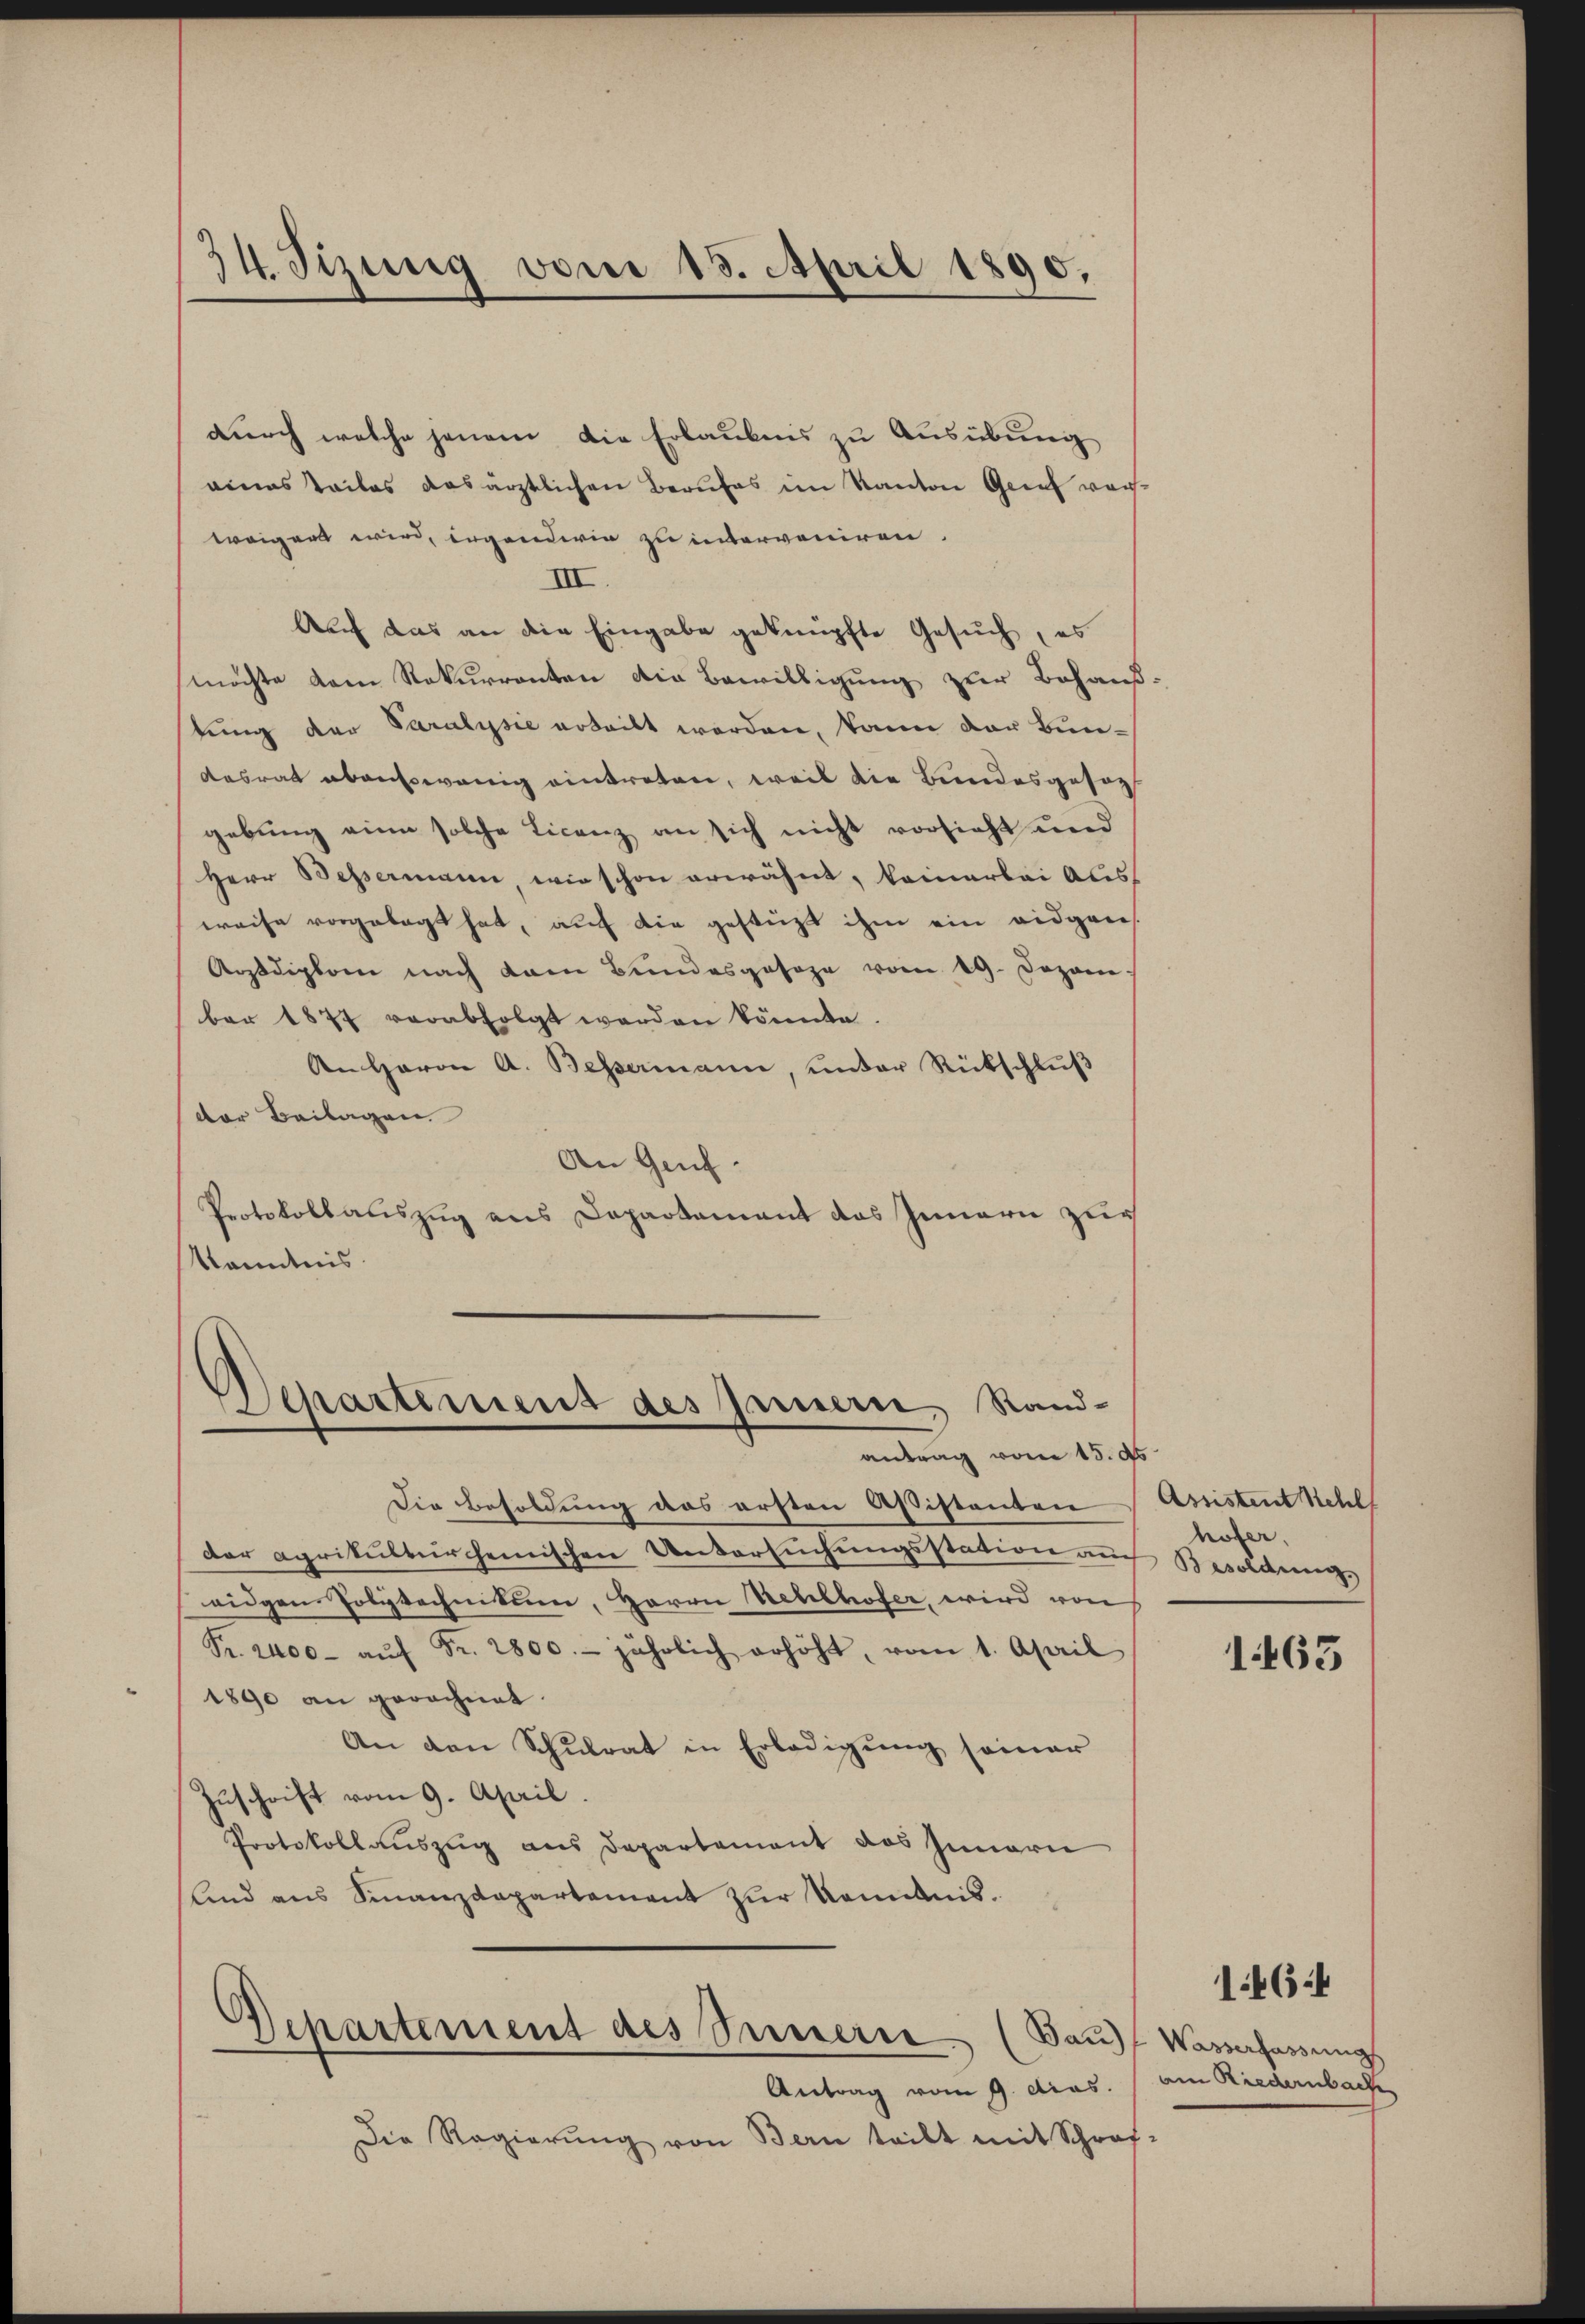
34. Tizung vom 15. April 1890.

durch welche jenem die Erlaubnis zu Ausübung
eines Teiles das ärztlichen Berufes im Kanton Grief werweigen wird, irgenderin zu interveniren.
III.
Auch das an die Eingabe geknüpfte Gesuch, es
möchte dem Rekurrenten die Bewilligung zur Behaußtung der Saralysie erteilt werden, kann der Bundesrat abensowenig eintreten, weil die Bundesgesagt
gebung eine solche Licenz an sich nicht vorsieht und
Herr Bessermann wie schon erwähnt, keinerlei Auss
weise vorgelegt hat, auch die gestüzt ihm ein eidganis
Arzdiplom nach dem Bundesgesage vom 19. Dezem.
ber 1877 verabfolgt werden könnte.
An Herrn A. Bessermann, unter Rückschlŭβ
der Beilagen.
An Genf.
Protokollauszug aus Departement das Innern zur
Kenntnis.

Departement des Innern, Rand-
antrag vom 15. ds.

Departement des Innern (Bauf Wasserfassungs

Die Besoldung das ersten Aßistenten
der agrikulturheinischen Untersuchungsstation auch Besoldung,
eidgen Polytechnikum, Herrn Kehlhofer, wird von
Fr. 2400- aŭf Fr. 2800. jährlich erhöht, vom 1. April
1890 an gerechnet.
An den Schulrat in Erledigung seiner
Zuschrift vom 9. April.
Protokollaŭszŭg aŭs Departement das Innarie
und aus Finanzdepartement zur Kenntnis¬

Antrag vom 9. dias.
Die Regierŭng von Bern teilt mit Schraf-

Assistent Kehl
höfer.

1463

am Riedernbach

1464